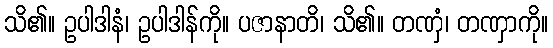
သိ၏။ ဥပါဒါနံ၊ ဥပါဒါန်ကို။ ပဇာနာတိ၊ သိ၏။ တဏှံ၊ တဏှာကို။